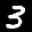
Label: 3